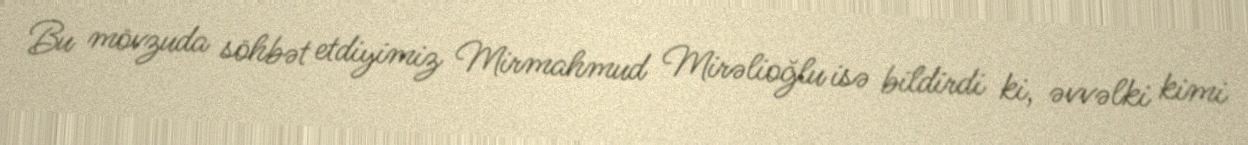
Bu mövzuda söhbət etdiyimiz Mirmahmud Mirəlioğlu isə bildirdi ki, əvvəlki kimi